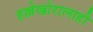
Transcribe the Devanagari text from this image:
हल्लेखोरालाही